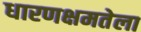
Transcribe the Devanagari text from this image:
धारणक्षमतेला